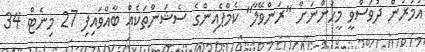
އުމުރުން ދުވަސްވީ މީހުންނަށް "ރަންވޭލާ" ކެމްޕެއިންގެ ސެޝަންތަކެއް ބާއްވައިފި 27 މިނެޓް 34